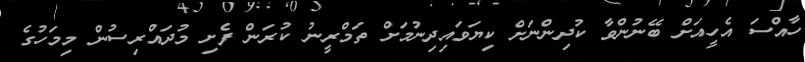
ހާއްސަ އެހީއަށް ބޭނުންވާ ކުދިންނަށް ކިޔަވައިދިނުމަށް ތަމްރީނު ކުރަން ފެށި މުދައްރިސުން މިމަހުގެ